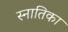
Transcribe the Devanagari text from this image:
स्नातिका